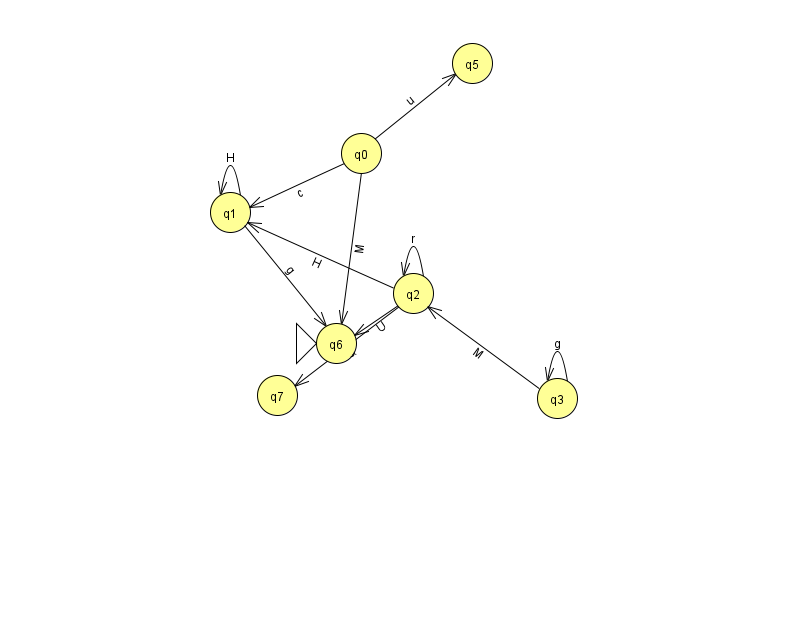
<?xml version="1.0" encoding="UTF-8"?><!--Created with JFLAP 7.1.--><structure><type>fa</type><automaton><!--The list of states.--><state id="0" name="q0"><x>361.0</x><y>140.0</y></state><state id="1" name="q1"><x>230.0</x><y>199.0</y></state><state id="2" name="q2"><x>413.0</x><y>280.0</y></state><state id="3" name="q3"><x>557.0</x><y>385.0</y></state><state id="5" name="q5"><x>472.0</x><y>50.0</y></state><state id="6" name="q6"><x>336.0</x><y>330.0</y><initial/></state><state id="7" name="q7"><x>277.0</x><y>382.0</y></state><!--The list of transitions.--><transition><from>1</from><to>6</to><read>g</read></transition><transition><from>2</from><to>2</to><read>r</read></transition><transition><from>0</from><to>1</to><read>c</read></transition><transition><from>3</from><to>2</to><read>M</read></transition><transition><from>2</from><to>6</to><read>U</read></transition><transition><from>2</from><to>7</to><read>Q</read></transition><transition><from>3</from><to>3</to><read>g</read></transition><transition><from>1</from><to>1</to><read>H</read></transition><transition><from>0</from><to>6</to><read>M</read></transition><transition><from>0</from><to>5</to><read>u</read></transition><transition><from>2</from><to>1</to><read>H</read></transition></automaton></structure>